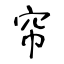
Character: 帘